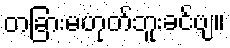
တခြားမဟုတ်ဘူးခင်ဗျ။